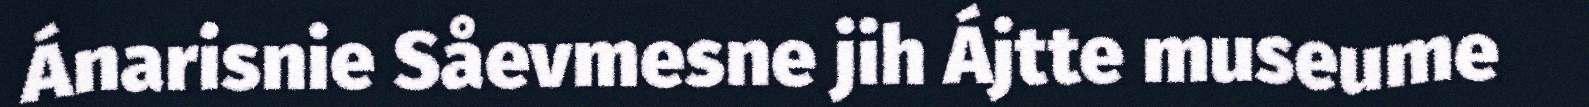
Ánarisnie Såevmesne jih Ájtte museume